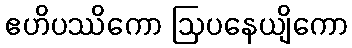
ဧဟိပဿိကော ဩပနေယျိကော